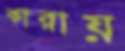
কারায়